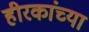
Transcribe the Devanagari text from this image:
हीरकांच्या